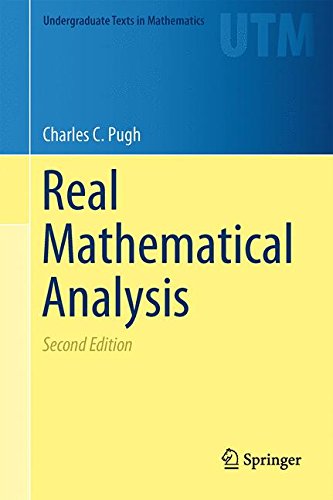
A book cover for Real Mathematical Analysis (Undergraduate Texts in Mathematics); Charles C. Pugh; Science & Math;